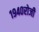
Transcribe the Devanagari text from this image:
१९४०रोजी